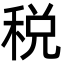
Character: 税